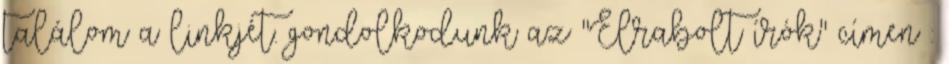
találom a linkjét. gondolkodunk az "Elrabolt írók" címen :